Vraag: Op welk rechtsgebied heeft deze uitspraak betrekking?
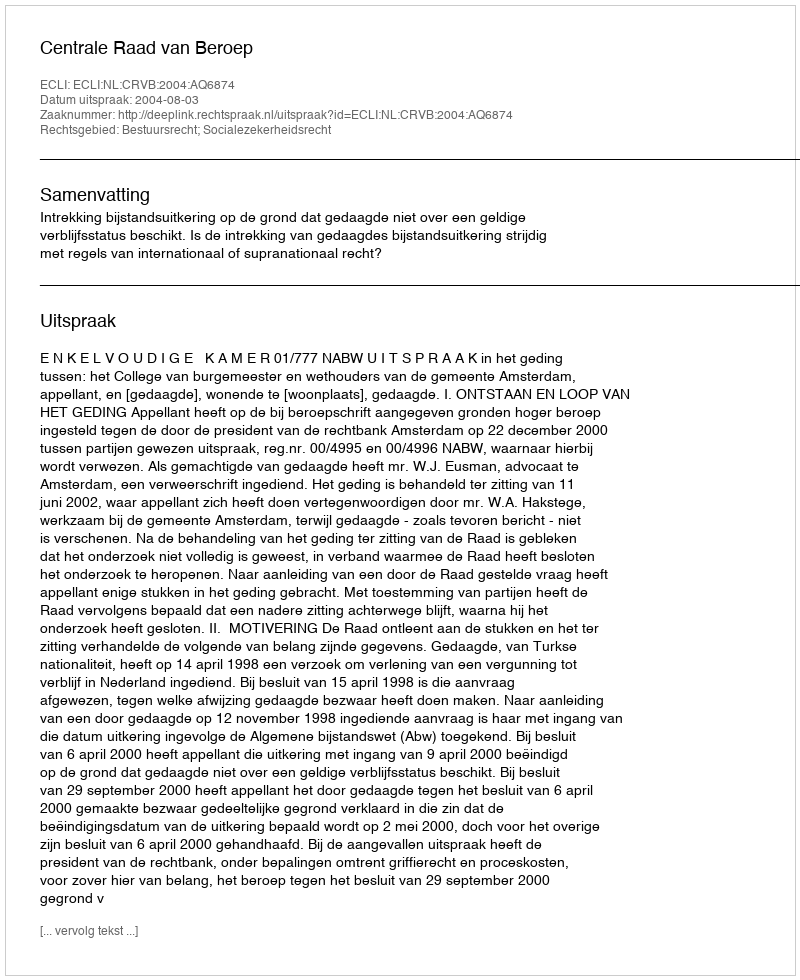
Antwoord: Bestuursrecht; Socialezekerheidsrecht